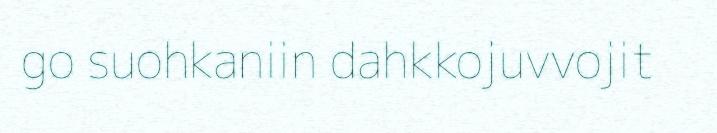
go suohkaniin dahkkojuvvojit